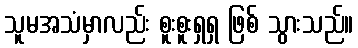
သူမအသံမှာလည်း စူးစူးရှရှ ဖြစ် သွားသည်။